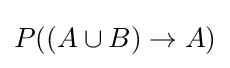
P((A\cup B)\rightarrow A)